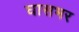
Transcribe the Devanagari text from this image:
घासभर